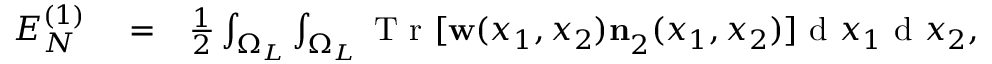
\begin{array} { r l r } { E _ { N } ^ { ( 1 ) } } & { { } = } & { \frac { 1 } { 2 } \int _ { \Omega _ { L } } \int _ { \Omega _ { L } } \ensuremath { \mathrm { ~ T ~ r ~ } } [ \ensuremath { \mathbf { w } } ( x _ { 1 } , x _ { 2 } ) \ensuremath { \mathbf { n } } _ { 2 } ^ { } ( x _ { 1 } , x _ { 2 } ) ] \ensuremath { \mathrm { ~ d ~ } } x _ { 1 } \ensuremath { \mathrm { ~ d ~ } } x _ { 2 } , } \end{array}